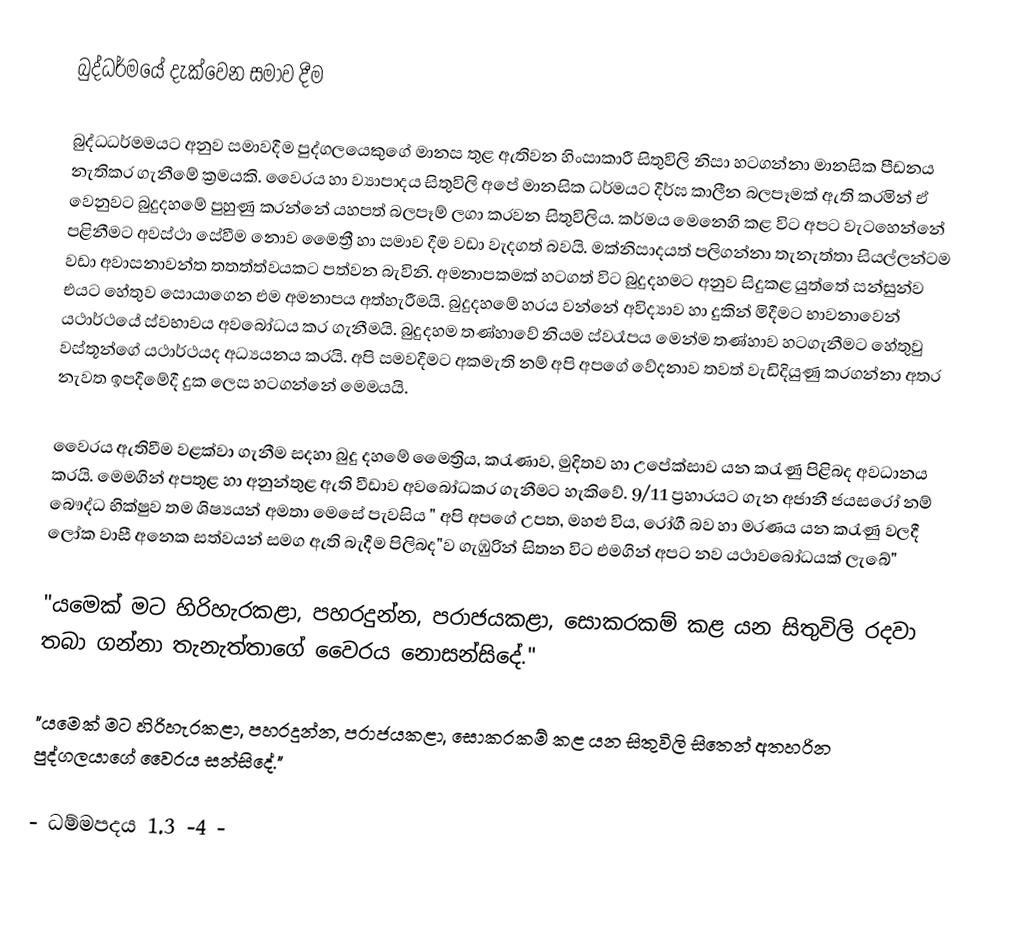
බුද්ධර්මයේ දැක්වෙන සමාව දීම

බුද්ධධර්මමයට අනුව සමාවදීම පුද්ගලයෙකුගේ මානස තුළ ඇතිවන හිංසාකාරී සිතුවිලි නිසා හටගන්නා මානසික පීඩනය නැතිකර ගැනීමේ ක්‍රමයකි. වෛරය හා ව්‍යාපාදය සිතුවිලි අපේ මානසික ධර්මයට දීර්ඝ කාලීන බලපෑමක් ඇති කරමින් ඒ වෙනුවට බුදුදහමේ පුහුණු කරන්නේ යහපත් බලපෑම් ලගා කරවන සිතුවිලිය. කර්මය මෙනෙහි කළ විට අපට වැටහෙන්නේ පළිනීමට අවස්ථා සේවීම නොව මෛත්‍රී හා සමාව දීම වඩා වැදගත් බවයි. මක්නිසාදයත් පලිගන්නා තැනැත්තා සියල්ලන්ටම වඩා අවාසනාවන්ත තතත්ත්වයකට පත්වන බැවිනි. අමනාපකමක් හටගත් විට බුදුදහමට අනුව සිදුකළ යුත්තේ සන්සුන්ව එයට හේතුව සොයාගෙන එම අමනාපය අත්හැරීමයි. බුදුදහමේ හරය වන්නේ අවිද්‍යාව හා දුකින් මිදීමට භාවනාවෙන් යථාර්ථයේ ස්වභාවය අවබෝධය කර ගැනීමයි. බුදුදහම තණ්හාවේ නියම ස්වරෑපය මෙන්ම තණ්හාව හටගැනීමට හේතුවු  වස්තූන්ගේ යථාර්ථයද අධ්‍යයනය කරයි. අපි සමවදීමට අකමැති නම් අපි අපගේ වේදනාව තවත් වැඩිදියුණු කරගන්නා අතර නැවත ඉපදීමේදී දුක ලෙස හටගන්නේ මෙමයයි.

වෛරය ඇතිවීම වළක්වා ගැනීම සදහා බුදු දහමේ මෛත්‍රිය, කරැණාව, මුදිතව හා උපේක්සාව යන කරැණු පිළිබද අවධානය කරයි. මෙමගින් අපතුළ හා අනුන්තුළ ඇති වීඩාව අවබෝධකර ගැනීමට හැකිවේ. 9/11 ප්‍රහාරයට ගැන අජානී ජයසරෝ නම් බෞද්ධ භික්ෂුව තම ශිෂ්‍යයන් අමතා මෙසේ පැවසිය " අපි අපගේ උපත, මහළු විය, රෝගී බව හා මරණය යන කරැණු වලදී ලෝක වාසී අනෙක සත්වයන් සමග ඇති බැදීම පිලිබද"ව ගැඹුරින් සිතන විට එමගින් අපට නව යථාවබෝධයක් ලැබේ"

"යමෙක් මට හිරිහැරකළා, පහරදුන්න, පරාජයකළා, සොකරකම් කළ යන සිතුවිලි රදවා තබා ගන්නා තැනැත්තාගේ වෛරය නොසන්සිදේ."

"යමෙක් මට හිරිහැරකළා, පහරදුන්න, පරාජයකළා, සොකරකම් කළ යන සිතුවිලි සිතෙන් අතහරින පුද්ගලයාගේ වෛරය සන්සිදේ."

- ධම්මපදය 1.3 -4 -